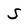
Character: S